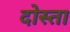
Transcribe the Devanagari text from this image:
दोस्ता